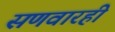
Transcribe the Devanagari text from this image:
सणवारही